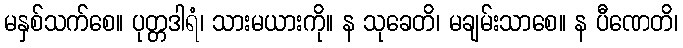
မနှစ်သက်စေ။ ပုတ္တဒါရံ၊ သားမယားကို။ န သုခေတိ၊ မချမ်းသာစေ။ န ပီဏေတိ၊